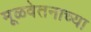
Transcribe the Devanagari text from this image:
मूळवेतनाच्या